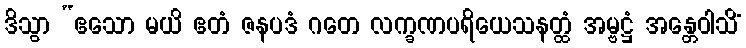
ဒိသွာ “ဧသော မယိ ဧတံ ဇနပဒံ ဂတေ လက္ခဏပရိယေသနတ္ထံ အမ္ဗဋ္ဌံ အန္တေဝါသိံ